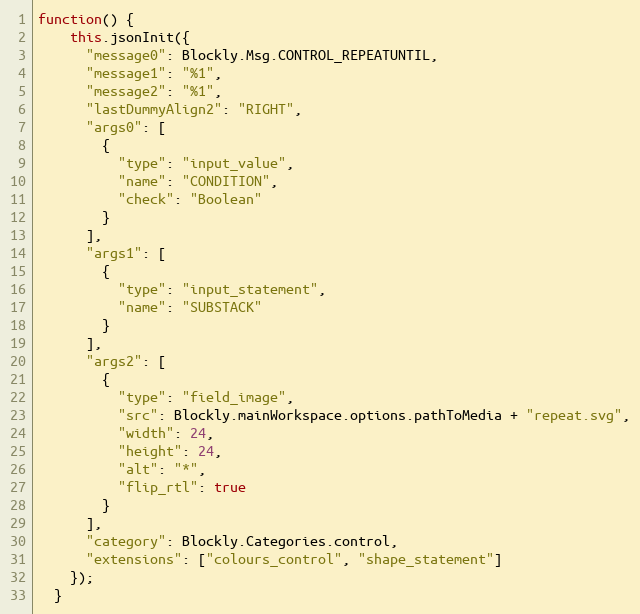
Language: JavaScript
function() {
    this.jsonInit({
      "message0": Blockly.Msg.CONTROL_REPEATUNTIL,
      "message1": "%1",
      "message2": "%1",
      "lastDummyAlign2": "RIGHT",
      "args0": [
        {
          "type": "input_value",
          "name": "CONDITION",
          "check": "Boolean"
        }
      ],
      "args1": [
        {
          "type": "input_statement",
          "name": "SUBSTACK"
        }
      ],
      "args2": [
        {
          "type": "field_image",
          "src": Blockly.mainWorkspace.options.pathToMedia + "repeat.svg",
          "width": 24,
          "height": 24,
          "alt": "*",
          "flip_rtl": true
        }
      ],
      "category": Blockly.Categories.control,
      "extensions": ["colours_control", "shape_statement"]
    });
  }